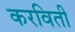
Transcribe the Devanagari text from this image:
करविती